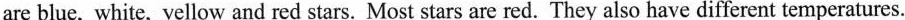
are blue, white, yellow and red stars. Most stars are red. They also have different temperatures.